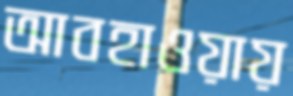
আবহাওয়ায়